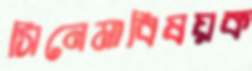
সিনেমাবিষয়ক